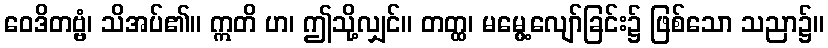
ဝေဒိတဗ္ဗံ၊ သိအပ်၏။ ဣတိ ဟ၊ ဤသို့လျှင်။ တတ္ထ၊ မမွေ့လျော်ခြင်း၌ ဖြစ်သော သညာ၌။